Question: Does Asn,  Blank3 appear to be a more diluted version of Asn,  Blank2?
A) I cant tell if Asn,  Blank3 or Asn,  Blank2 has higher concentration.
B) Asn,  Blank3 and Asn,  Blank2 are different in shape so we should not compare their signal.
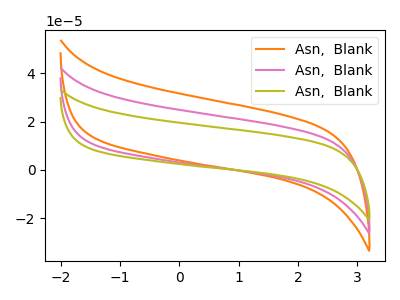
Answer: <think>The orange curve "Asn,  Blank1" has no peaks. The pink curve "Asn,  Blank2" has no peaks. The olive curve "Asn,  Blank3" has no peaks.
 Neither "Asn,  Blank3" or "Asn,  Blank2" have any peaks.</think>
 <answer>A) I cant tell if "Asn,  Blank3" or "Asn,  Blank2" has higher concentration.</answer>
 <eval>A</eval>